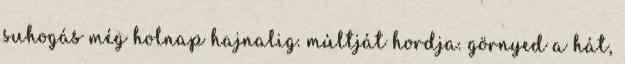
suhogás még holnap hajnalig. múltját hordja. görnyed a hát,